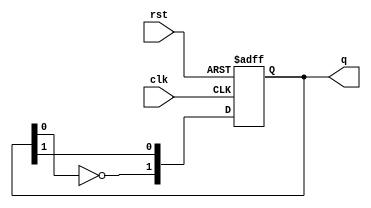
module dual_stage_johnson_counter (
    input wire clk,      // Clock input
    input wire rst,      // Reset input
    output reg [1:0] q   // 2-bit output representing the counter state
);

// Sequential logic block for Johnson counter
always @(posedge clk or posedge rst) begin
    if (rst) begin
        // Reset the counter to state 00
        q <= 2'b00;
    end else begin
        // Johnson counter state transition
        q[1] <= ~q[0]; // Input for first flip-flop (D1) is inverted output of Q2
        q[0] <= q[1];  // Input for second flip-flop (D2) is Q1
    end
end

endmodule